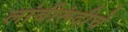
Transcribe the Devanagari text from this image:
लांबीरूंदीचे